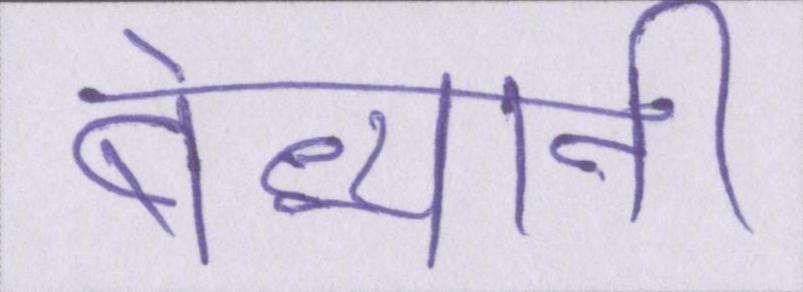
बेध्यानी